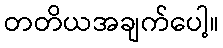
တတိယအချက်ပေါ့။